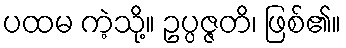
ပထမ ကဲ့သို့။ ဥပ္ပဇ္ဇတိ၊ ဖြစ်၏။